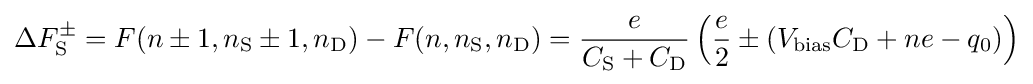
\Delta F_{\rm {S}}^{\pm }=F(n\pm 1,n_{\rm {S}}\pm 1,n_{\rm {D}})-F(n,n_{\rm {S}},n_{\rm {D}})={\frac {e}{C_{\rm {S}}+C_{\rm {D}}}}\left({\frac {e}{2}}\pm (V_{\rm {bias}}C_{\rm {D}}+ne-q_{0})\right)